Leaving Certificate Examination (including Day School Certificate (Higher) General paper), 1936
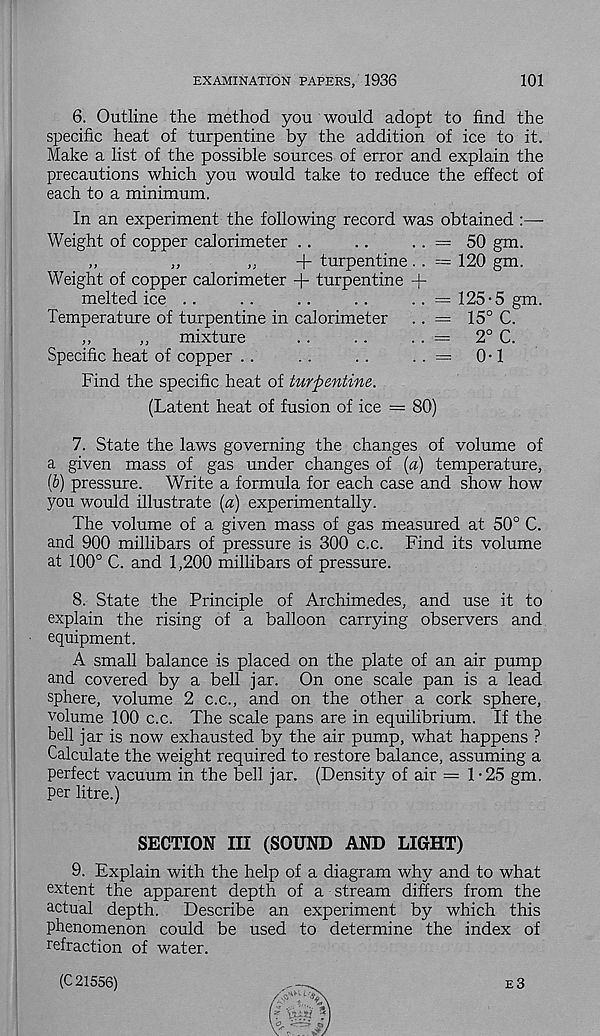
EXAMINATION PAPERS, 1936
101
6. Outline the method you would adopt to find the
specific heat of turpentine by the addition of ice to it.
Make a list of the possible sources of error and explain the
precautions which you would take to reduce the effect of
each to a minimum.
In an experiment the following record was obtained :—
Weight of copper calorimeter ..
..
. . = 50 gm.
,,
„
,,
+ turpentine. . = 120 gm.
Weight of copper calorimeter + turpentine +
melted ice ..
. .
..
. .
. . = 125-5 gm.
Temperature of turpentine in calorimeter
.. — 15° C.
,,
,,
mixture
. .
. .
.. =
2° C.
Specific heat of copper ..
..
..
..—
0-1
Find the specific heat of turpentine.
(Latent heat of fusion of ice = 80)
7. State the laws governing the changes of volume of
a given mass of gas under changes of (a) temperature,
(6) pressure. Write a formula for each case and show how
you would illustrate (a) experimentally.
The volume of a given mass of gas measured at 50° C.
and 900 millibars of pressure is 300 c.c. Find its volume
at 100° C. and 1,200 millibars of pressure.
8. State the Principle of Archimedes, and use it to
explain the rising of a balloon carrying observers and
equipment.
A small balance is placed on the plate of an air pump
and covered by a bell jar. On one scale pan is a lead
sphere, volume 2 c.c., and on the other a cork sphere,
volume 100 c.c. The scale pans are in equilibrium. If the
bell jar is now exhausted by the air pump, what happens ?
Calculate the weight required to restore balance, assuming a
perfect vacuum in the bell jar. (Density of air = 1-25 gm.
per litre.)
SECTION III (SOUND AND LIGHT)
9. Explain with the help of a diagram why and to what
extent the apparent depth of a stream differs from the
actual depth.
Describe an experiment by which this
phenomenon could be used to determine the index of
refraction of water.
(C 21556)
e3